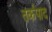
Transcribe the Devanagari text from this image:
तर्कपाद